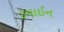
ડવાઈન